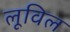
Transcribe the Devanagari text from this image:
लूविल